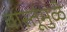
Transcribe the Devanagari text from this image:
वास्तूंमुळे